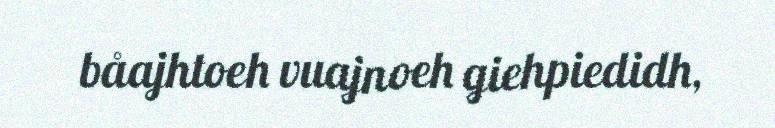
båajhtoeh vuajnoeh giehpiedidh,